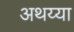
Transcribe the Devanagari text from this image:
अथय्या